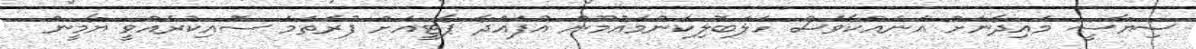
ސިޔާސީ މައިދާނަށް އަނެއްކާވެސް ހަލަބޮލިކަންމައުމޫން އުފައްދާ ޕާޓީއަށް ފުރަތަމަ ސޮއިކުރެއްވީ ޔާމީން